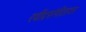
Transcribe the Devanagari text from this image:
रवींद्रसंगीतावर